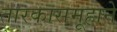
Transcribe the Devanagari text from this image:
तारकासमूहाने